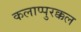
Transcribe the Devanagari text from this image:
कलाप्पुरक्कल